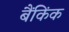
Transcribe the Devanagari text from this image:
बैंकिंक